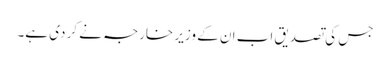
جس کی تصدیق اب ان کے وزیر خارجہ نے کر دی ہے۔